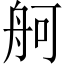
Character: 舸